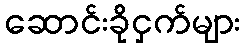
ဆောင်းခိုငှက်များ